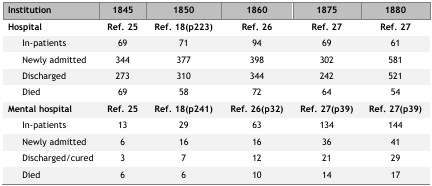
<table><thead><tr><td><b>Institution</b></td><td><b>1845</b></td><td><b>1850</b></td><td><b>1860</b></td><td><b>1875</b></td><td><b>1880</b></td></tr></thead><tbody><tr><td><b>Hospital</b></td><td>Ref. 25</td><td>Ref. 18(p223)</td><td>Ref. 26</td><td>Ref. 27</td><td>Ref. 27</td></tr><tr><td> In-patients</td><td>69</td><td>71</td><td>94</td><td>69</td><td>61</td></tr><tr><td> Newly admitted</td><td>344</td><td>377</td><td>398</td><td>302</td><td>581</td></tr><tr><td> Discharged</td><td>273</td><td>310</td><td>344</td><td>242</td><td>521</td></tr><tr><td> Died</td><td>69</td><td>58</td><td>72</td><td>64</td><td>54</td></tr><tr><td><b>Mental hospital</b></td><td>Ref. 25</td><td>Ref. 18(p241)</td><td>Ref. 26(p32)</td><td>Ref. 27(p39)</td><td>Ref. 27(p39)</td></tr><tr><td> In-patients</td><td>13</td><td>29</td><td>63</td><td>134</td><td>144</td></tr><tr><td> Newly admitted</td><td>6</td><td>16</td><td>16</td><td>36</td><td>41</td></tr><tr><td> Discharged/cured</td><td>3</td><td>7</td><td>12</td><td>21</td><td>29</td></tr><tr><td> Died</td><td>6</td><td>6</td><td>10</td><td>14</td><td>17</td></tr></tbody></table>